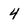
Character: 4